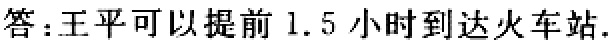
答：王平可以提前 1.5 小时到达火车站.